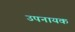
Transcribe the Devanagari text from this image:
उपनायक